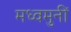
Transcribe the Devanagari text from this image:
मध्वमुनीं